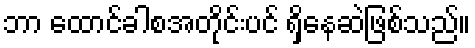
ဘာ ထောင်ခါစအတိုင်းပင် ရှိနေဆဲဖြစ်သည်။